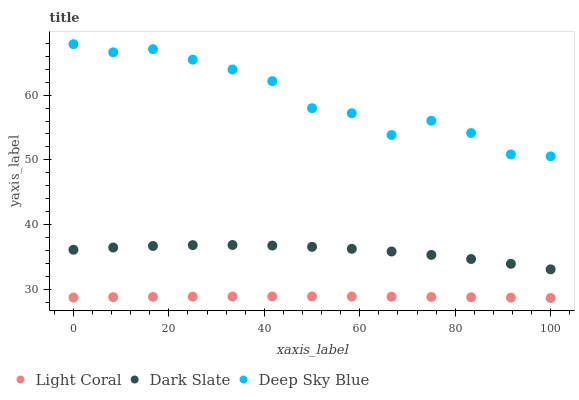
| xaxis_label | Light Coral | Dark Slate | Deep Sky Blue |
 | --- | --- | --- | --- |
 | 0 | 28.7 | 36.1 | 67.9 |
 | 8.33 | 28.8 | 36.5 | 66.6 |
 | 16.7 | 28.8 | 36.7 | 67.1 |
 | 25 | 28.9 | 36.8 | 65.5 |
 | 33.3 | 28.9 | 36.8 | 64 |
 | 41.7 | 28.9 | 36.8 | 62.2 |
 | 50 | 28.9 | 36.6 | 58 |
 | 58.3 | 28.9 | 36.3 | 57.2 |
 | 66.7 | 28.8 | 35.8 | 53.8 |
 | 75 | 28.8 | 35.3 | 56 |
 | 83.3 | 28.8 | 34.7 | 54.1 |
 | 91.7 | 28.7 | 33.9 | 50.8 |
 | 100 | 28.6 | 33.1 | 50.5 |